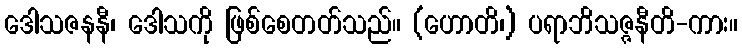
ဒေါသဇနနီ၊ ဒေါသကို ဖြစ်စေတတ်သည်။ (ဟောတိ၊) ပရာဘိသဇ္ဇနီတိ-ကား။